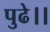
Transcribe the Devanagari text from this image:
पुढे।।